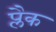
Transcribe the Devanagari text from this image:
प्लैक